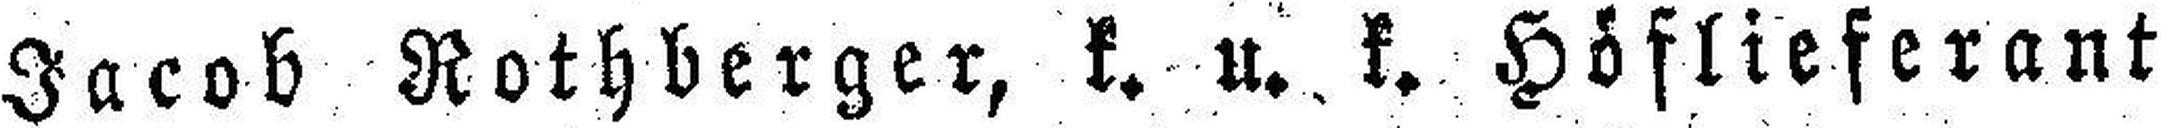
Jacob Nothberger, k. u. k. Höflieferant